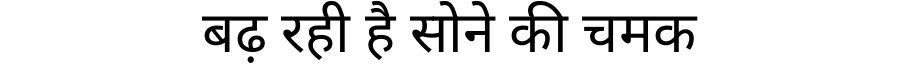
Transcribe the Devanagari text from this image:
बढ़ रही है सोने की चमक